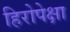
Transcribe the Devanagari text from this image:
हिरोपेक्षा